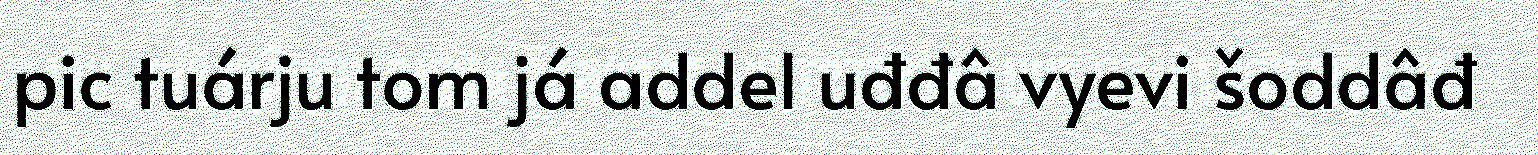
pic tuárju tom já addel uđđâ vyevi šoddâđ